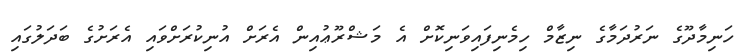
ހަނިމާދޫގެ ނަރުދަމާގެ ނިޒާމް ހިމެނިފައިވަނިކޮށް އެ މަޝްރޫޢުއިން އެރަށް އުނިކުރަށްވައި އެރަށުގެ ބަދަލުގައި